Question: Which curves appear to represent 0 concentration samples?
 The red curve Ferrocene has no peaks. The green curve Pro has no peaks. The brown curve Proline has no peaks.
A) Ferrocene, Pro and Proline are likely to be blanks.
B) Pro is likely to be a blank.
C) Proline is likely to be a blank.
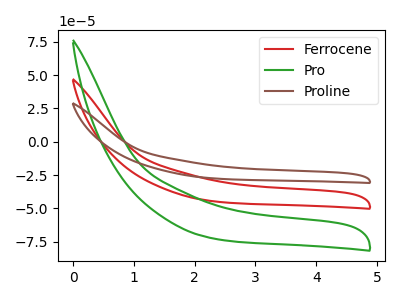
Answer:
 <answer>A) "Ferrocene", "Pro" and "Proline" are likely to be blanks.</answer>
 <eval>A</eval>